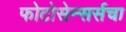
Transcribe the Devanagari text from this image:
फोटोसेन्सर्सचा